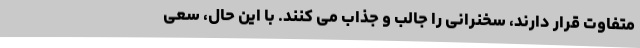
متفاوت قرار دارند، سخنرانی را جالب و جذاب می کنند. با این حال، سعی